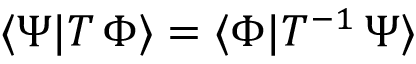
\langle \Psi | T \, \Phi \rangle = \langle \Phi | T ^ { - 1 } \, \Psi \rangle